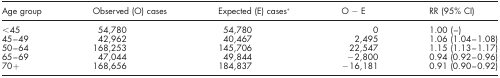
| Age group | Observed (O) cases | Expected (E) cases* | O − E | RR (95% CI) |
 | --- | --- | --- | --- | --- |
 | <45 | 54,780 | 54,780 | 0 | 1.00 (–) |
 | 45–49 | 42,962 | 40,467 | 2,495 | 1.06 (1.04–1.08) |
 | 50–64 | 168,253 | 145,706 | 22,547 | 1.15 (1.13–1.17) |
 | 65–69 | 47,044 | 49,844 | −2,800 | 0.94 (0.92–0.96) |
 | 70+ | 168,656 | 184,837 | −16,181 | 0.91 (0.90–0.92) |